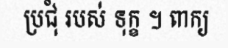
ប្រជុំ របស់ ទុក្ខ ។ ពាក្យ